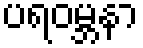
ပရဝမ္ဘနာ